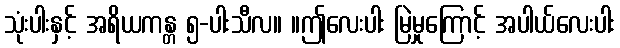
သုံးပါးနှင့် အရိယကန္တ ၅-ပါးသီလ။ ။ဤလေးပါး မြဲမှုကြောင့် အပါယ်လေးပါး